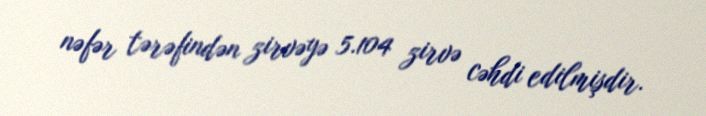
nəfər tərəfindən zirvəyə 5.104 zirvə cəhdi edilmişdir.